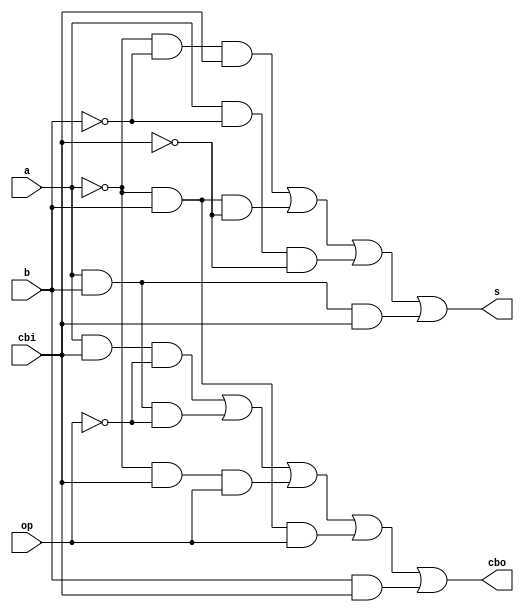
/*
 * Generated by Digital. Don't modify this file!
 * Any changes will be lost if this file is regenerated.
 */

module sumres (
  input op,
  input a,
  input b,
  input cbi,
  output s,
  output cbo
);
  wire s0;
  assign s0 = ~ a;
  assign s = ((s0 & ~ b & cbi) | (s0 & b & ~ cbi) | (a & ~ b & ~ cbi) | (a & b & cbi));
  assign cbo = ((a & cbi & ~ op) | (a & b & ~ op) | (s0 & cbi & op) | (s0 & b & op) | (b & cbi));
endmodule